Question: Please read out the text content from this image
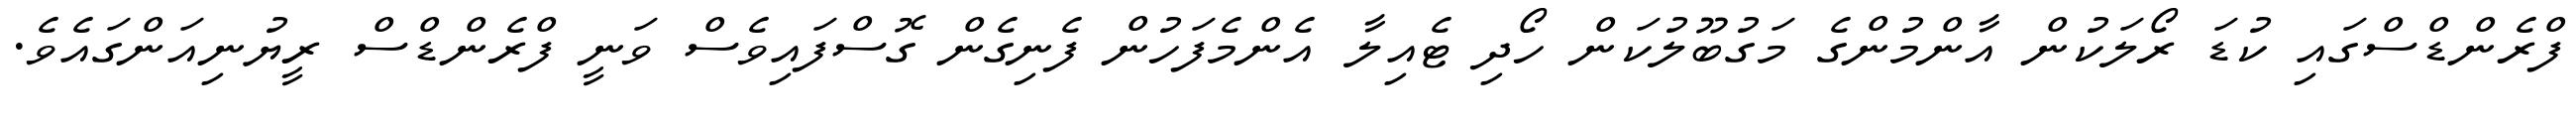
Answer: ފްރެންޑްސްގައި ކުޑަ ރޯލަކުން އާންމުންގެ މަގުބޫލުކަން ހޯދި ޓެއިލާ އެންމެފަހުން ފެނިގެން ގޮސްފައިވެސް ވަނީ ފްރެންޑްސް ރީޔުނިއަންގައެވެ.